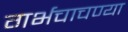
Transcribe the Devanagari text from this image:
गर्भचाचण्या